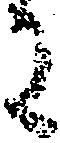
に